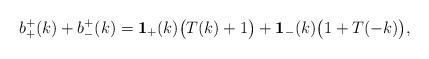
LaTeX: \begin{align*}b^+_+(k) + b_-^+(k) = \mathbf{1}_{+}(k)\big( T(k) + 1 \big) + \mathbf{1}_{-}(k) \big(1 +T(-k) \big),\end{align*}